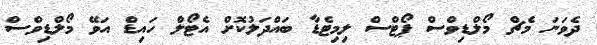
ދެވަނަ މެޗް މޯލްޑިވްސް ޕޯޓްސް ލިމިޓެޑާ ބައްދަލުކޮށް އެޓޯލް ހައިޑް އަވޭ މޯލްޑިވްސް